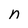
Character: n